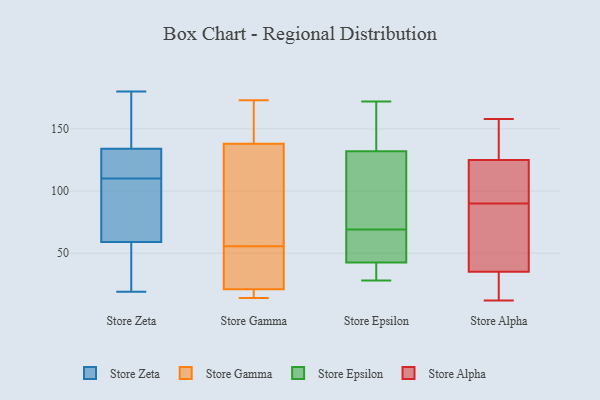
{"axis": {"x": "Active Users", "y": "Value"}, "legend": ["Store Alpha", "Store Epsilon", "Store Gamma", "Store Zeta"], "data": [{"x": "", "y": 121, "type": "Store Zeta"}, {"x": "", "y": 134, "type": "Store Zeta"}, {"x": "", "y": 101, "type": "Store Zeta"}, {"x": "", "y": 119, "type": "Store Zeta"}, {"x": "", "y": 97, "type": "Store Zeta"}, {"x": "", "y": 59, "type": "Store Zeta"}, {"x": "", "y": 169, "type": "Store Zeta"}, {"x": "", "y": 180, "type": "Store Zeta"}, {"x": "", "y": 19, "type": "Store Zeta"}, {"x": "", "y": 52, "type": "Store Zeta"}, {"x": "", "y": 150, "type": "Store Gamma"}, {"x": "", "y": 21, "type": "Store Gamma"}, {"x": "", "y": 14, "type": "Store Gamma"}, {"x": "", "y": 54, "type": "Store Gamma"}, {"x": "", "y": 15, "type": "Store Gamma"}, {"x": "", "y": 70, "type": "Store Gamma"}, {"x": "", "y": 173, "type": "Store Gamma"}, {"x": "", "y": 43, "type": "Store Gamma"}, {"x": "", "y": 57, "type": "Store Gamma"}, {"x": "", "y": 138, "type": "Store Gamma"}, {"x": "", "y": 154, "type": "Store Epsilon"}, {"x": "", "y": 73, "type": "Store Epsilon"}, {"x": "", "y": 99, "type": "Store Epsilon"}, {"x": "", "y": 28, "type": "Store Epsilon"}, {"x": "", "y": 39, "type": "Store Epsilon"}, {"x": "", "y": 42, "type": "Store Epsilon"}, {"x": "", "y": 172, "type": "Store Epsilon"}, {"x": "", "y": 110, "type": "Store Epsilon"}, {"x": "", "y": 43, "type": "Store Epsilon"}, {"x": "", "y": 160, "type": "Store Epsilon"}, {"x": "", "y": 65, "type": "Store Epsilon"}, {"x": "", "y": 53, "type": "Store Epsilon"}, {"x": "", "y": 20, "type": "Store Alpha"}, {"x": "", "y": 35, "type": "Store Alpha"}, {"x": "", "y": 125, "type": "Store Alpha"}, {"x": "", "y": 43, "type": "Store Alpha"}, {"x": "", "y": 158, "type": "Store Alpha"}, {"x": "", "y": 95, "type": "Store Alpha"}, {"x": "", "y": 12, "type": "Store Alpha"}, {"x": "", "y": 102, "type": "Store Alpha"}, {"x": "", "y": 152, "type": "Store Alpha"}, {"x": "", "y": 85, "type": "Store Alpha"}]}